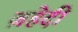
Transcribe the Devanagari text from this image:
ज़हेदी